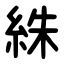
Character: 絑